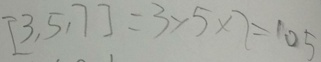
[ 3 , 5 , 7 ] = 3 \times 5 \times 7 = 1 0 5